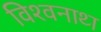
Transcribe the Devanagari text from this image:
विश्‍वनाथ्‍ा